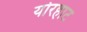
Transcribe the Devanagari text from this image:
योरहाट